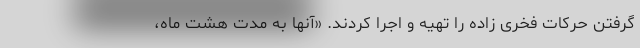
گرفتن حرکات فخری زاده را تهیه و اجرا کردند. «آنها به مدت هشت ماه،